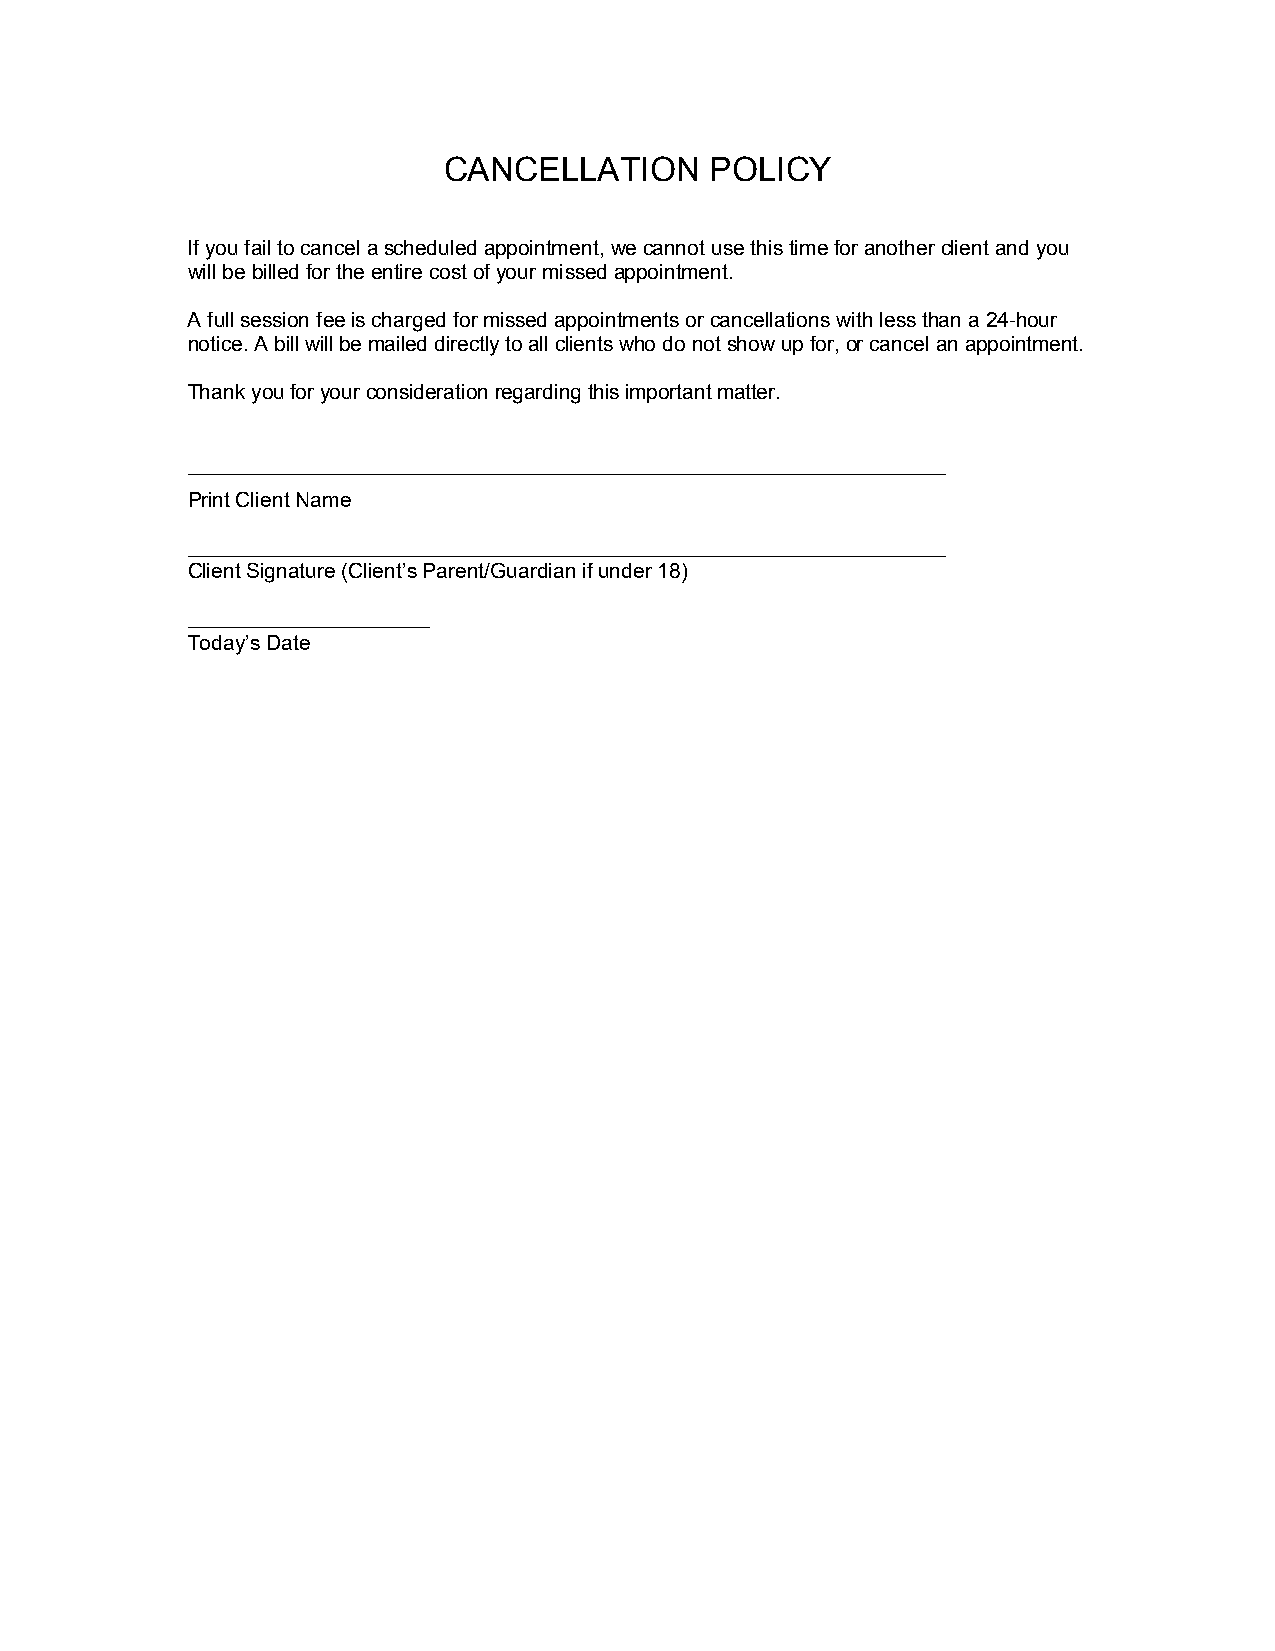
CANCELLATION      POLICY
 If you fail to cancel a scheduled appointment, we cannot use this time for another client and you
 will be billed for the entire cost of your missed appointment.
 A full session fee is charged for missed appointments or cancellations with less than a 24-hour
 notice. A bill will be mailed directly to all clients who do not show up for, or cancel an appointment.
 Thank you for your consideration regarding this important matter.
 _________________________________________________________________
 Print Client Name
 _________________________________________________________________
 Client Signature (Client’s Parent/Guardian if under 18)
 _________________________________
 Today’s Date